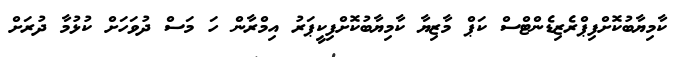
ކާމިޔާބުކޮށްފިޕްރެޒިޑެންޓްސް ކަޕް މާޒިޔާ ކާމިޔާބުކޮށްފިކީޕަރު އިމްރާން ހަ މަސް ދުވަހަށް ކުޅުމާ ދުރަށް